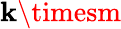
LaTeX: \mathbf{k}\timesm